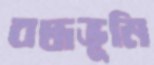
বদ্ধভূমি